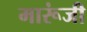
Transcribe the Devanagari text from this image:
मारूंजी